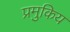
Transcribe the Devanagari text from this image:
प्रमुकिय